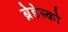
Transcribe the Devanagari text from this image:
ब्रेडेस्को